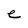
Character: e